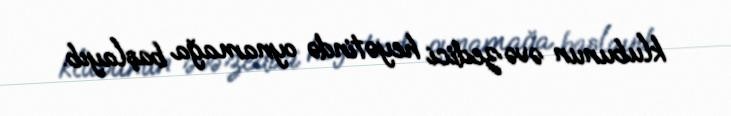
klubunun əvəzedici heyətində oynamağa başlayıb.